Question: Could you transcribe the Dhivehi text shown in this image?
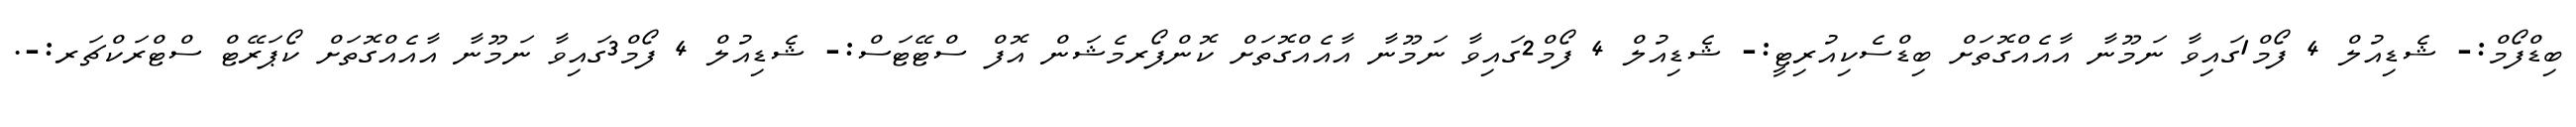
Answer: ބިޑްފޯމް:- ޝެޑިއުލް 4 ފޯމް1ގައިވާ ނަމޫނާ އާއެއްގޮތަށް ބިޑްސެކިއުރިޓީ:- ޝެޑިއުލް 4 ފޯމް2ގައިވާ ނަމޫނާ އާއެއްގޮތަށް ކޮންފޯރމެޝަން އޮފް ސްޓޭޓަސް:- ޝެޑިއުލް 4 ފޯމް3ގައިވާ ނަމޫނާ އާއެއްގޮތަށް ކޯޕަރޭޓް ސްޓްރަކްޗަރ:-.